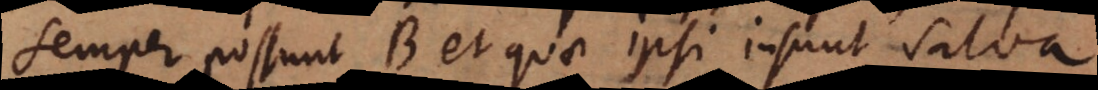
semper possunt B et quae ipsi insunt salva